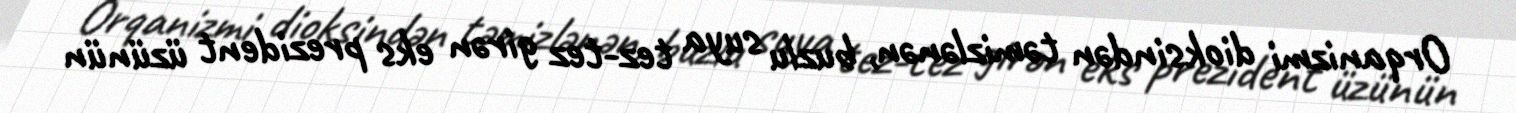
Orqanizmi dioksindən təmizlənən, buzlu suya tez-tez girən eks prezident üzünün